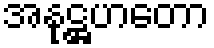
အနုဋ္ဌဟတော